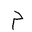
Letter: _mim